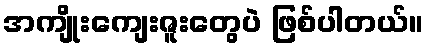
အကျိုးကျေးဇူးတွေပဲ ဖြစ်ပါတယ်။